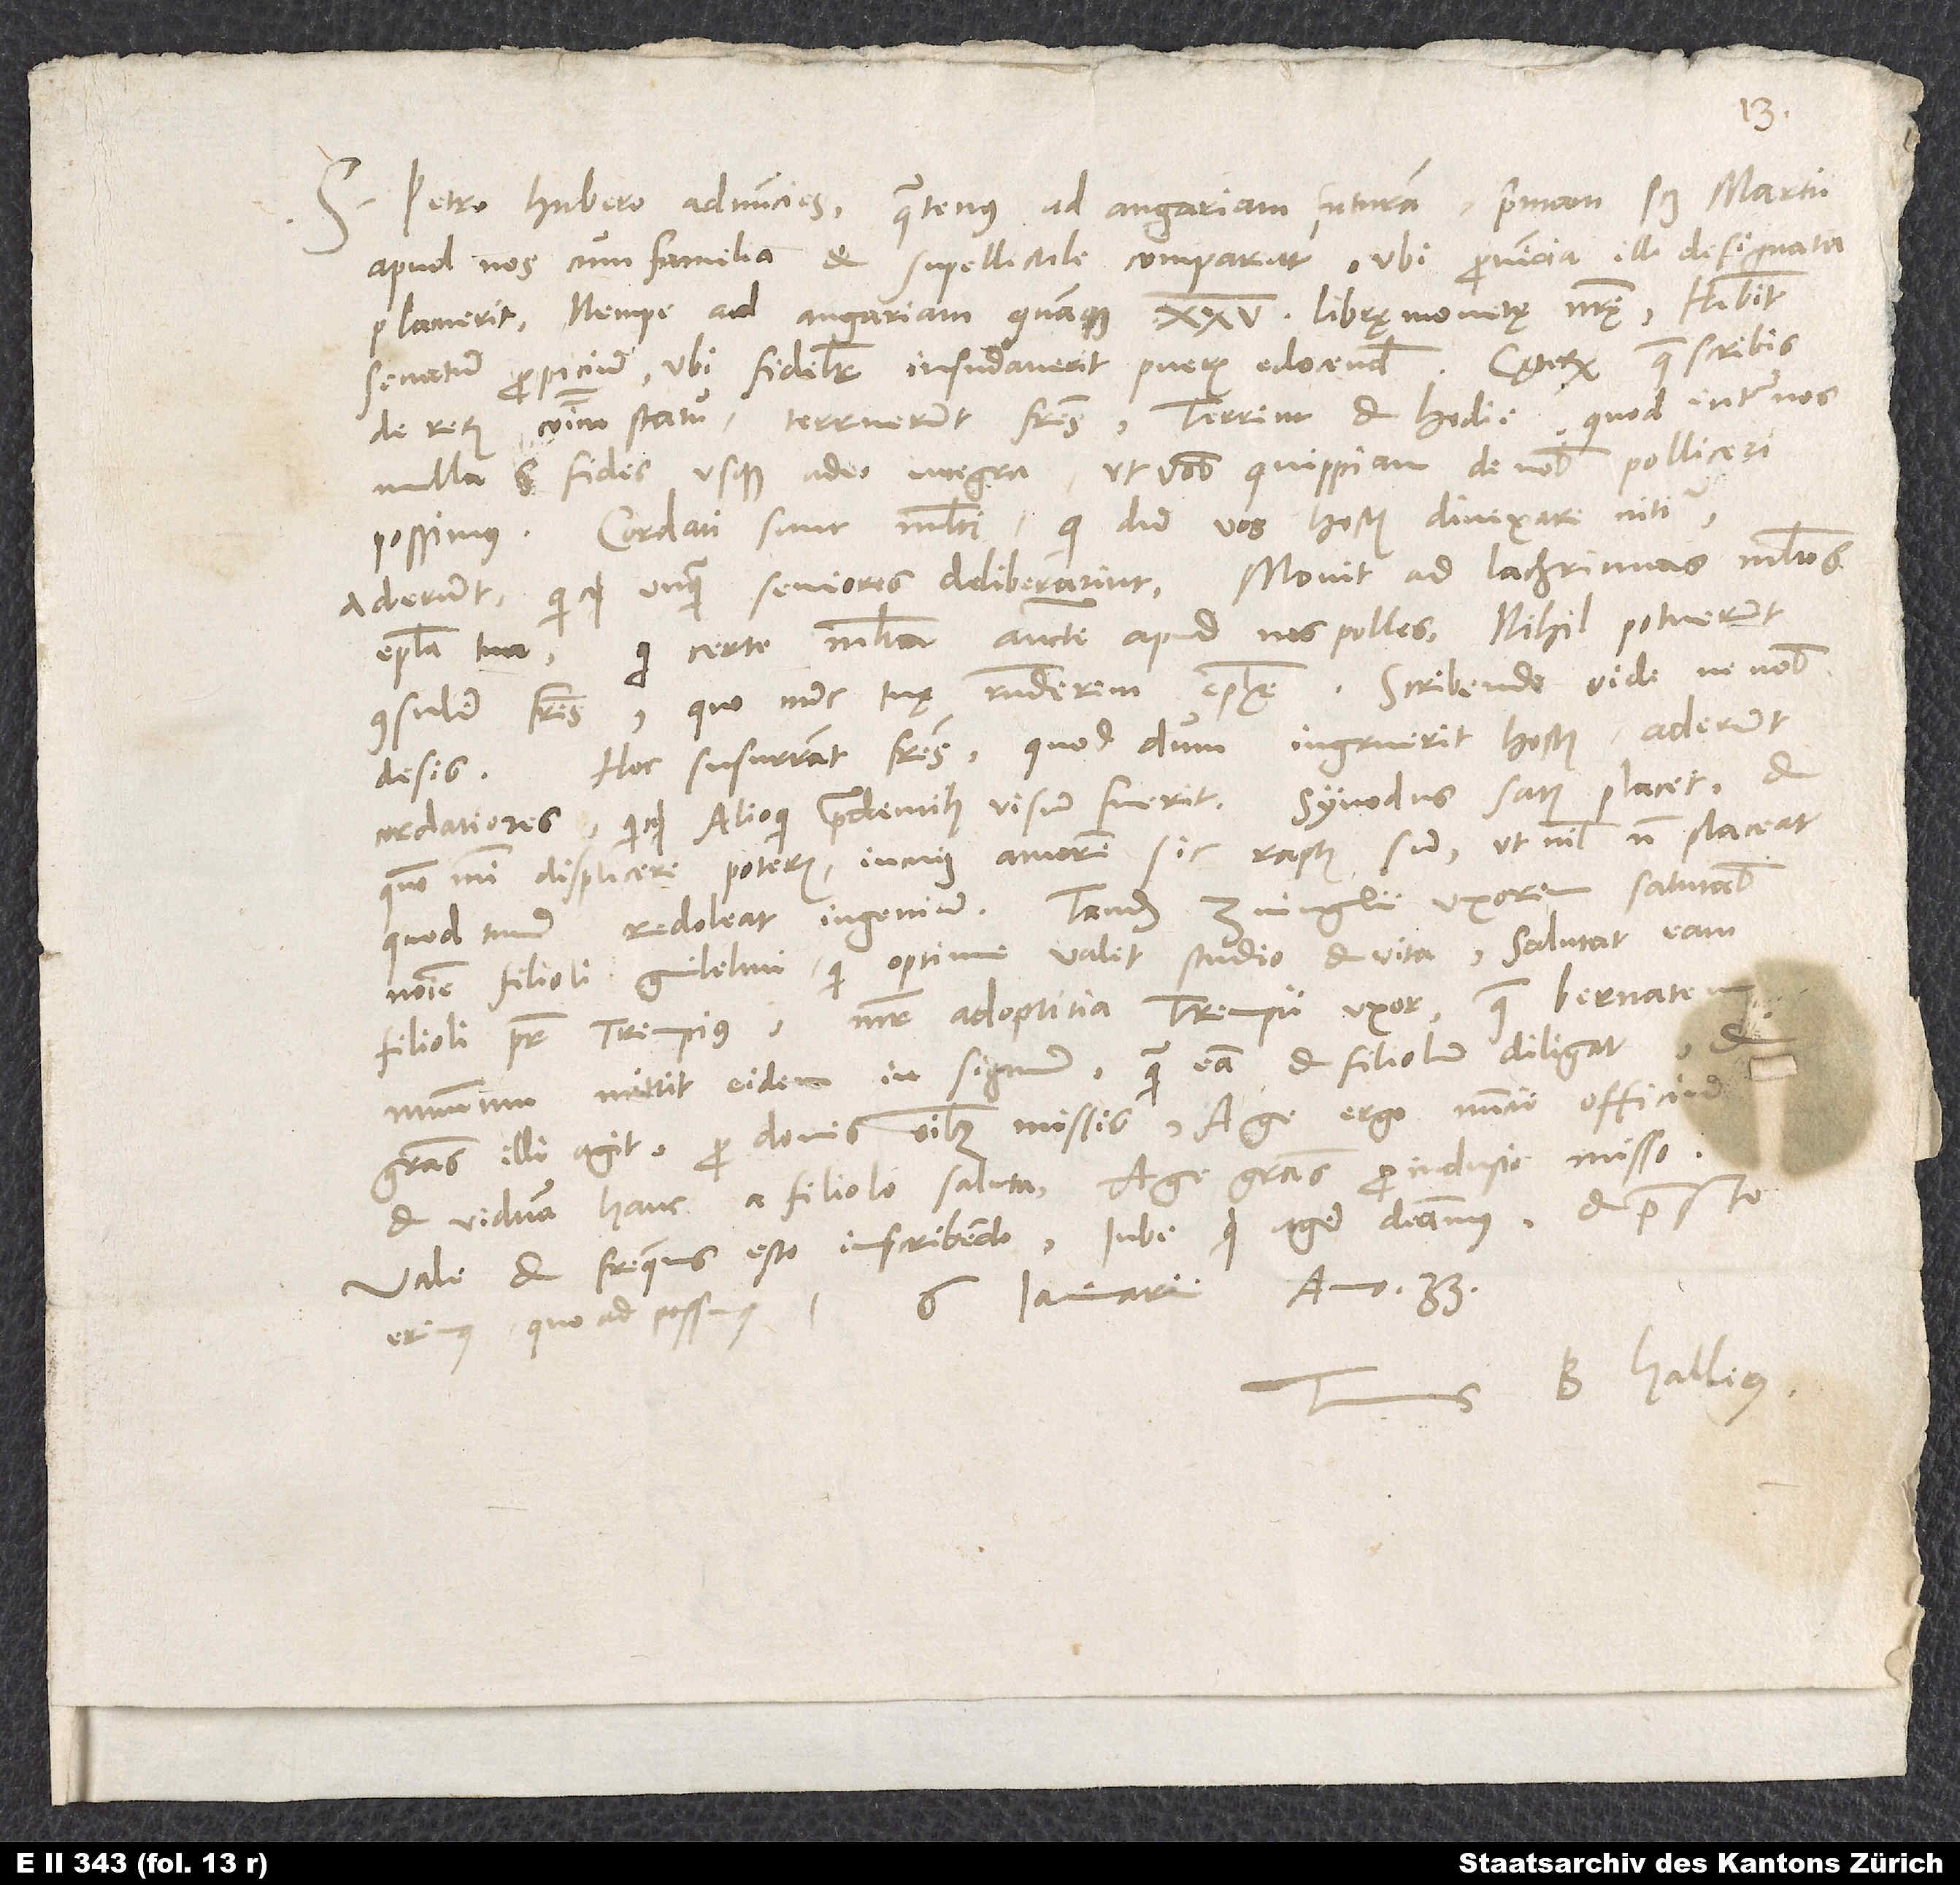
33.
S. Petro Hubero adnuncies, quatenus ad angariam futuram, primam scilicet martii,
apud nos cum familia et supellectile compareat, ubi provincia illi designata
placuerit, nempe ad angariam quamque 25 librę monetę nostrae. Habebit
de rerum communium statu, terruerunt fratres, terrent et hodie, quod inter nos
nulla est fides usque adeo integra, ut vobis quippiam de nobis polliceri
possimus. Cordati sunt multi, qui dum vos hostis divexare nititur,
aderunt, quicquid unquam seniores deliberarint. Movit ad lachrimas multos
epistola tua, qui certe multa auctoritate apud nos polles. Nihil potuerunt
consulere fratres, quo nunc tuę responderem epistolae. Scribendo vide ne nobis
Hoc susurrant fratres, quod dum ingruerit hostis, aderunt
desis.
cordatiores, quicquid alioqui prudentibus visum fuerit. Synodus satis placet, et
quomodo mihi displicere poteris, in cuius amorem sic raptus sum, ut nihil non placeat,
nomine filioli Guilelmi, qui optime valet studio et vita. Salutat eam
filioli pater Trempius, mater adoptitia Trempii uxor, quae Bernatem
nummum mittit eidem in signum, quam eam et filiolum diligat, et
gratias illi agit pro donis omnibus missis. Age ergo nuncii officium
et viduam hanc a filiolo saluta. Age gratias pro indusio misso.
Vale et frequens esto in scribendo. Iube, quid agere debeamus, et praesto
B. Hallerus.